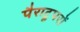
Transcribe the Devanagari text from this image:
पैराट्रूपरों